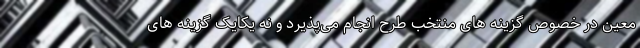
معین در خصوص گزینه های منتخب طرح انجام می‌پذیرد و نه یکایک گزینه های